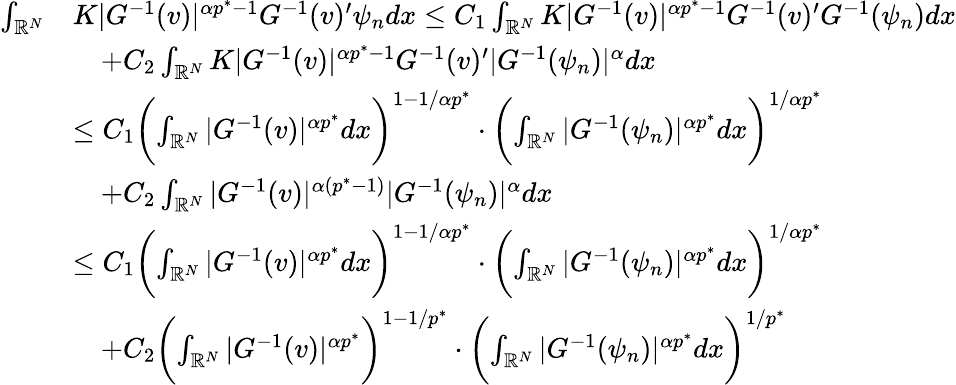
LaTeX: \begin{array}{rl}{\int_{\mathbb{R}^{N}}}&{K|G^{-1}(v)|^{\alpha p^{*}-1}G^{-1}(v)^{\prime}\psi_{n}dx\le C_{1}\int_{\mathbb{R}^{N}}K|G^{-1}(v)|^{\alpha p^{*}-1}G^{-1}(v)^{\prime}G^{-1}(\psi_{n})dx}\\ &{\quad+C_{2}\int_{\mathbb{R}^{N}}K|G^{-1}(v)|^{\alpha p^{*}-1}G^{-1}(v)^{\prime}|G^{-1}(\psi_{n})|^{\alpha}dx}\\ &{\le C_{1}\biggl(\int_{\mathbb{R}^{N}}|G^{-1}(v)|^{\alpha p^{*}}dx\biggr)^{1-1/\alpha p^{*}}\cdot\biggl(\int_{\mathbb{R}^{N}}|G^{-1}(\psi_{n})|^{\alpha p^{*}}dx\biggr)^{1/\alpha p^{*}}}\\ &{\quad+C_{2}\int_{\mathbb{R}^{N}}|G^{-1}(v)|^{\alpha(p^{*}-1)}|G^{-1}(\psi_{n})|^{\alpha}dx}\\ &{\le C_{1}\biggl(\int_{\mathbb{R}^{N}}|G^{-1}(v)|^{\alpha p^{*}}dx\biggr)^{1-1/\alpha p^{*}}\cdot\biggl(\int_{\mathbb{R}^{N}}|G^{-1}(\psi_{n})|^{\alpha p^{*}}dx\biggr)^{1/\alpha p^{*}}}\\ &{\quad+C_{2}\biggl(\int_{\mathbb{R}^{N}}|G^{-1}(v)|^{\alpha p^{*}}\biggr)^{1-1/p^{*}}\cdot\biggl(\int_{\mathbb{R}^{N}}|G^{-1}(\psi_{n})|^{\alpha p^{*}}dx\biggr)^{1/p^{*}}}\end{array}